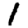
Digit: 1